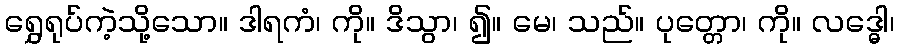
ရွှေရုပ်ကဲ့သို့သော။ ဒါရကံ၊ ကို။ ဒိသွာ၊ ၍။ မေ၊ သည်။ ပုတ္တော၊ ကို။ လဒ္ဓေါ၊